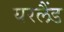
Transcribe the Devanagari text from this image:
यरलैंड